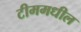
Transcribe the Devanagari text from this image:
टीममधील